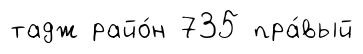
тадж райо́н 735 пра́вый